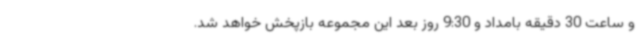
و ساعت 30 دقیقه بامداد و 9:30 روز بعد این مجموعه بازپخش خواهد شد.